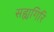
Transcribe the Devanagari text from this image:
सह्यगिरि